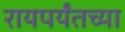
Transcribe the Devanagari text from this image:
रायपर्यंतच्या